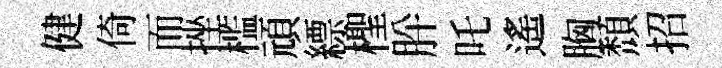
健倚而挫槛頑縹檉肸吒遙胸頹招